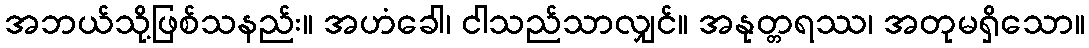
အဘယ်သို့ဖြစ်သနည်း။ အဟံခေါ၊ ငါသည်သာလျှင်။ အနုတ္တရဿ၊ အတုမရှိသော။